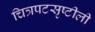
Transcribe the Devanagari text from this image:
चित्रपटसृष्टीली